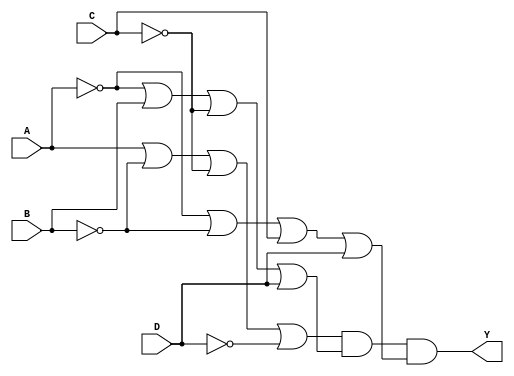
module pos_logic (
    input wire A,
    input wire B,
    input wire C,
    input wire D,
    output wire Y
);

// Define the sum terms based on the minterms
// Assuming the minterms are m0, m1, m2, and m5 (for example)
wire sum_term1; // Corresponds to (A + B' + C' + D')
wire sum_term2; // Corresponds to (A' + B + C' + D)
wire sum_term3; // Corresponds to (A' + B' + C + D)
// Add more sum terms as needed based on the function

// Create the sum terms using OR gates
assign sum_term1 = A | (~B) | (~C) | (~D); // A + B' + C' + D'
assign sum_term2 = (~A) | B | (~C) | D;   // A' + B + C' + D
assign sum_term3 = (~A) | (~B) | C | D;   // A' + B' + C + D

// Combine the sum terms using an AND gate to form the final output
assign Y = sum_term1 & sum_term2 & sum_term3; // Y = (A + B' + C' + D') * (A' + B + C' + D) * (A' + B' + C + D)

endmodule